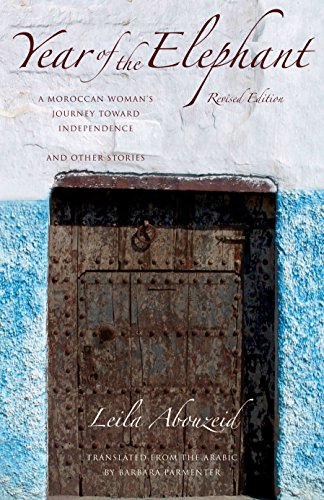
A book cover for Year of the Elephant: Revised Edition (Modern Middle East Literature in Translation); Leila Abouzeid; Literature & Fiction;